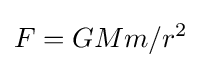
F=GMm/r^{2}